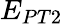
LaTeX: E_{PT2}